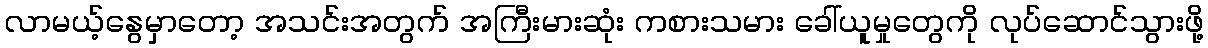
လာမယ့်နွေမှာတော့ အသင်းအတွက် အကြီးမားဆုံး ကစားသမား ခေါ်ယူမှုတွေကို လုပ်ဆောင်သွားဖို့